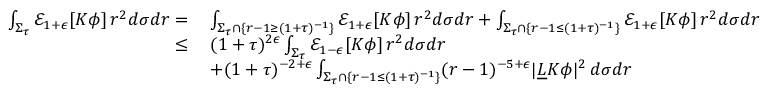
\begin{array} { r l } { \int _ { \Sigma _ { \tau } } \mathcal { E } _ { 1 + \epsilon } [ K \phi ] \, r ^ { 2 } d \sigma d r = } & { \: \int _ { \Sigma _ { \tau } \cap \{ r - 1 \geq ( 1 + \tau ) ^ { - 1 } \} } \mathcal { E } _ { 1 + \epsilon } [ K \phi ] \, r ^ { 2 } d \sigma d r + \int _ { \Sigma _ { \tau } \cap \{ r - 1 \leq ( 1 + \tau ) ^ { - 1 } \} } \mathcal { E } _ { 1 + \epsilon } [ K \phi ] \, r ^ { 2 } d \sigma d r } \\ { \leq } & { \: ( 1 + \tau ) ^ { 2 \epsilon } \int _ { \Sigma _ { \tau } } \mathcal { E } _ { 1 - \epsilon } [ K \phi ] \, r ^ { 2 } d \sigma d r } \\ & { \: + ( 1 + \tau ) ^ { - 2 + \epsilon } \int _ { \Sigma _ { \tau } \cap \{ r - 1 \leq ( 1 + \tau ) ^ { - 1 } \} } ( r - 1 ) ^ { - 5 + \epsilon } | \underline { { L } } K \phi | ^ { 2 } \, d \sigma d r } \end{array}